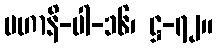
မဟာနိ-ပါ-၁၆၊ ဋ္ဌ-၇၂။